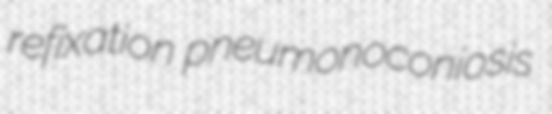
refixation pneumonoconiosis